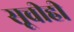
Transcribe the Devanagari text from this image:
सूचीही